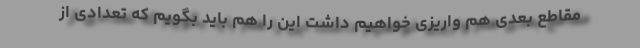
مقاطع بعدی هم واریزی خواهیم داشت این را هم باید بگویم که تعدادی از